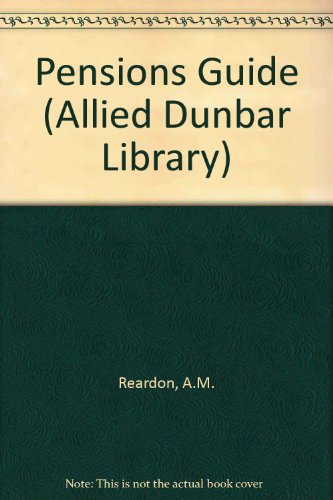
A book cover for Pensions Guide (Allied Dunbar Library); A.M. Reardon; Law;